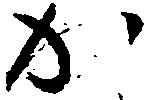
か